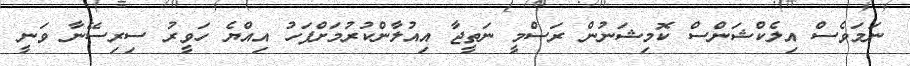
ނަމަވެސް އިލެކްޝަންސް ކޮމިޝަނުން ރަސްމީ ނަތީޖާ އިއުލާންކުރުމަށްފަހު އިއްޔެ ހަވީރު ސިރިސޭނާ ވަނީ